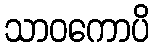
သာဝကောပိ